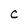
Character: c